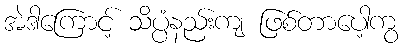
အဲဒါကြောင့် သိပ္ပံနည်းကျ ဖြစ်တာပေါ့ကွ